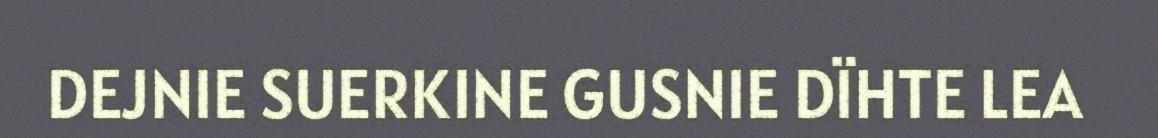
DEJNIE SUERKINE GUSNIE DÏHTE LEA